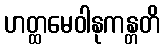
ဟတ္ထမေဝါနုကန္တတိ